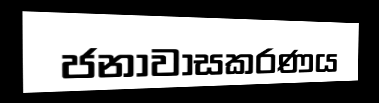
ජනාවාසකරණය